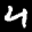
Digit: 4